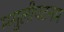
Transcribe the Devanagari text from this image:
मसुलीपटनम